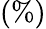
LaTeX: (\% )